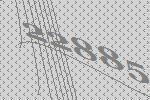
22885